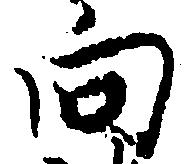
向